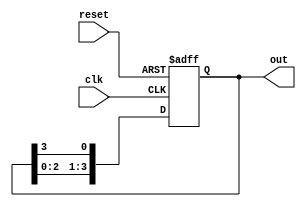
module ring_counter #(
    parameter N = 4  // Number of flip-flops
)(
    input wire clk,       // Clock input
    input wire reset,     // Reset input
    output reg [N-1:0] out // Output representing the current state of the counter
);

// Internal signal to hold the next state
reg [N-1:0] next_state;

// Always block for state transition
always @(posedge clk or posedge reset) begin
    if (reset) begin
        // Initialize the counter to 100...0
        out <= 1'b1 << (N-1); // Set the MSB to 1, others to 0
    end else begin
        // Shift the '1' through the flip-flops
        out <= {out[N-2:0], out[N-1]};
    end
end

endmodule